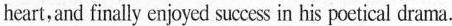
heart,and finally enjoyd sxess in his poctical drama.